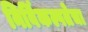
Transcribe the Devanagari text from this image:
निर्विकल्पतेचा